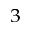
^ { 3 }